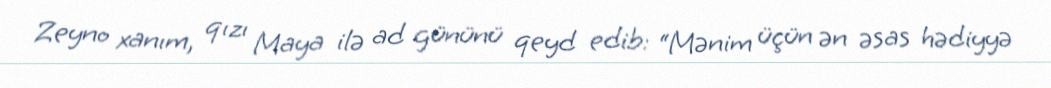
Zeyno xanım, qızı Maya ilə ad gününü qeyd edib: “Mənim üçün ən əsas hədiyyə